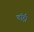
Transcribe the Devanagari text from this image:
बांड़ी